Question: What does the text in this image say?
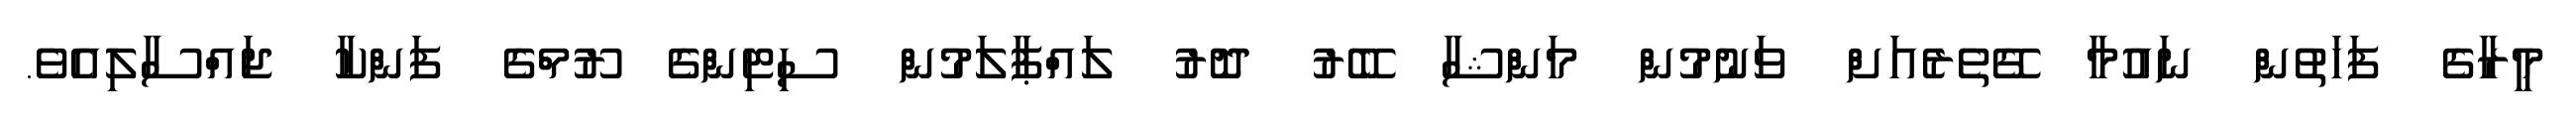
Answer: މީރާގެ ފަހަތުން ނައުމާ ގޭތެރެއަށް ވަނުމުން މަންޝާ ބޭރު ދޮރު ލައްޕާލަމުން ސިޓިންގެ ރޫމްގެ ފަންކާ ޖައްސާލިއެވެ.